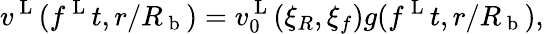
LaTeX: v^{\mathrm{~L~}}(f^{\mathrm{~L~}}t,r/R_{\mathrm{~b~}})=v_{0}^{\mathrm{~L~}}(\xi_{R},\xi_{f})g(f^{\mathrm{~L~}}t,r/R_{\mathrm{~b~}}),